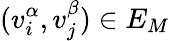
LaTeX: (v_{i}^{\alpha},v_{j}^{\beta})\in E_{M}